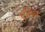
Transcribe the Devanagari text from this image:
एविन